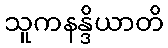
သူကနန္ဒိယာတိ